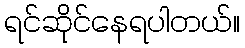
ရင်ဆိုင်နေရပါတယ်။